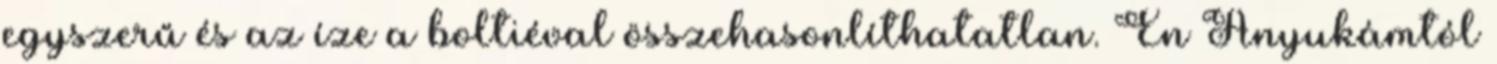
egyszerű és az íze a boltiéval összehasonlíthatatlan. Én Anyukámtól